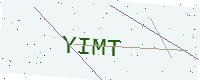
Text: YIMT